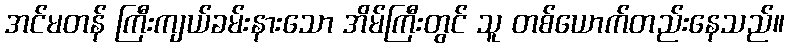
အင်မတန် ကြီးကျယ်ခမ်းနားသော အိမ်ကြီးတွင် သူ တစ်ယောက်တည်းနေသည်။